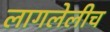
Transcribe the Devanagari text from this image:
लागलेलीच